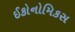
ઈકોનોમિકસ